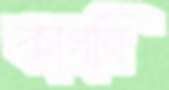
কাগনি